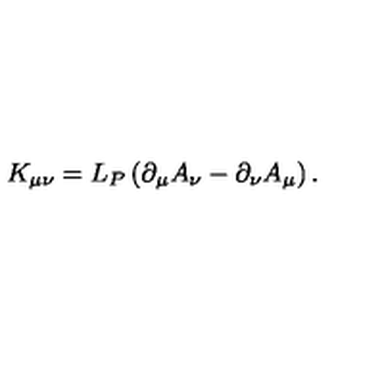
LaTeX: K _ { \mu \nu } = L _ { P } \left( \partial _ { \mu } A _ { \nu } - \partial _ { \nu } A _ { \mu } \right) .